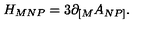
{ H _ { M N P } = 3 \partial _ { \lbrack M } A _ { N P \rbrack } . }